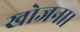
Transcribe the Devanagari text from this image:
खोजना।